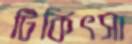
টিকিৎসা